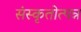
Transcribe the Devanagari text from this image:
संस्कृतोत्पन्न